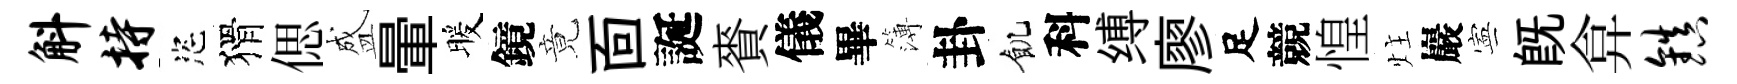
斛持恣猾偲盛暈暖鏡竟靣誕賚儀畢簿卦飢科缚廖足競惶炷巖寕旣弇镇